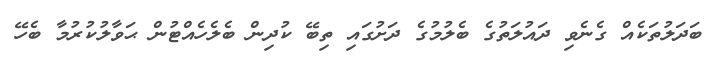
ބަދަލުތަކެއް ގެނެވި ދައުލަތުގެ ބެލުމުގެ ދަށުގައި ތިބޭ ކުދިން ބެލެހެއްޓުން ޙަވާލުކުރުމާ ބެހޭ